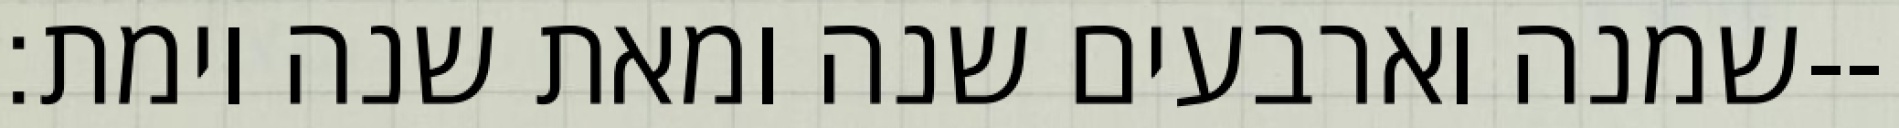
שמנה וארבעים שנה ומאת שנה וימת׃--